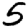
Digit: 5